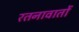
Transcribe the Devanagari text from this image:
रतनावातों